Eesti_Rahvusfond, lk 77
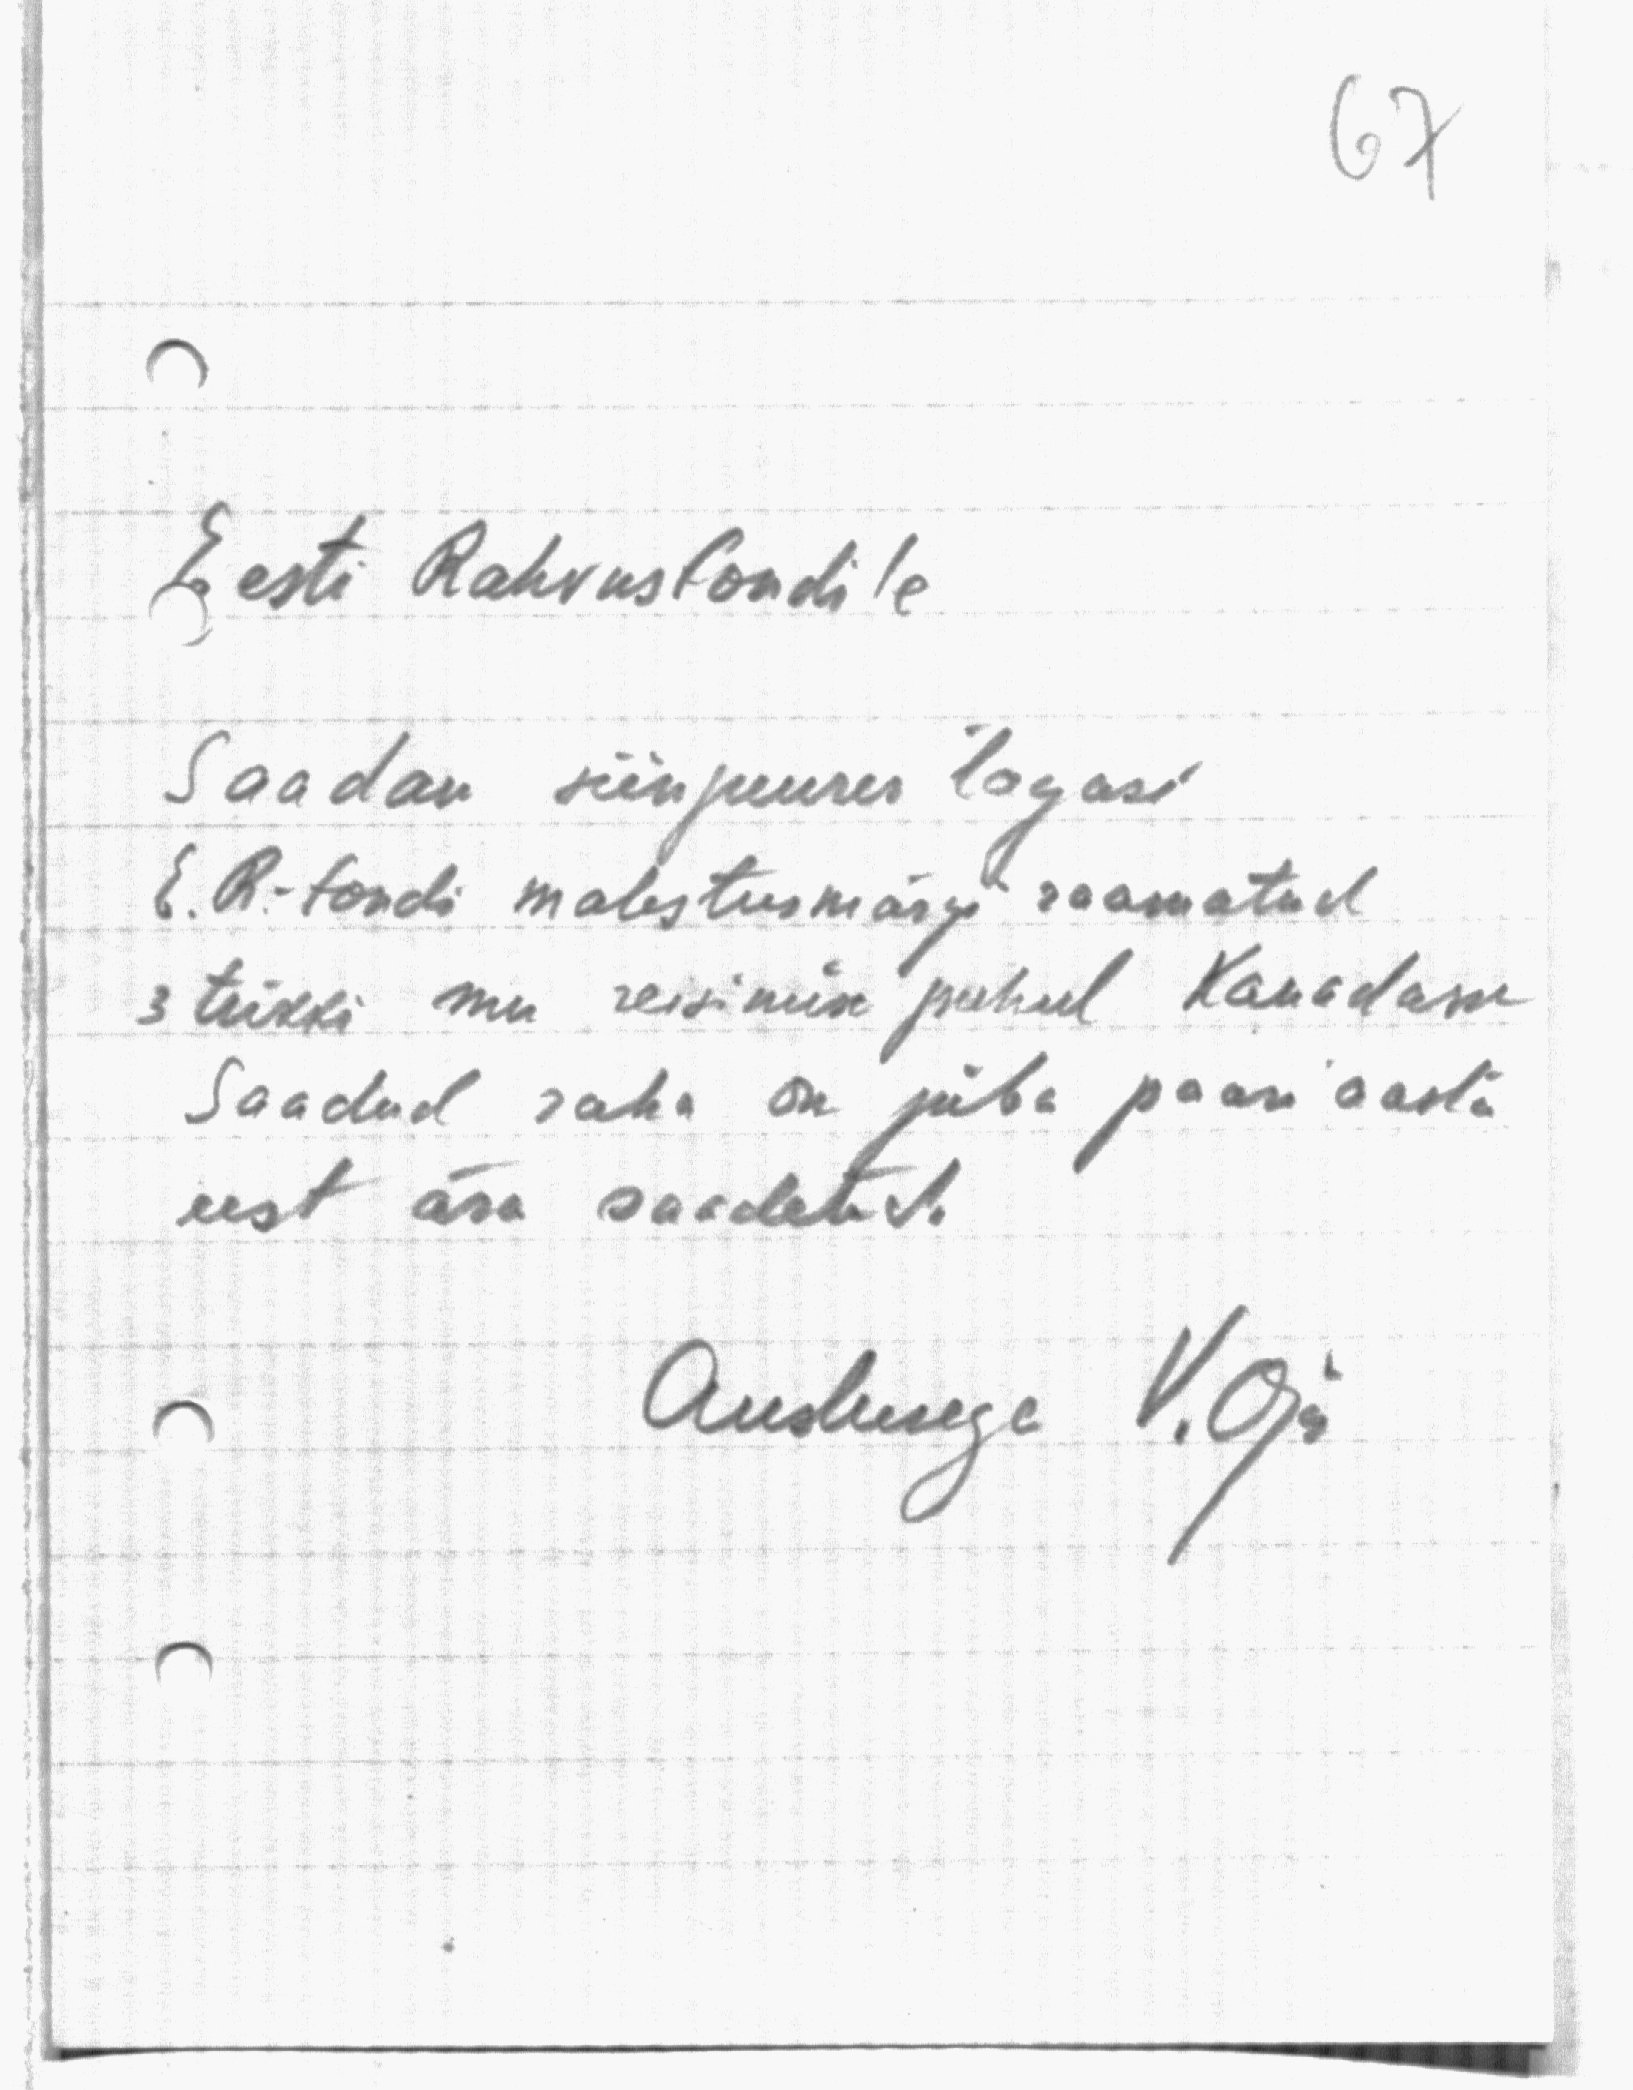
Eesti Rahvusfondile
Saadan siinjuures tagasi
E. R. fondi malestusmärgi raamatud
3 tükki mu reisimise puhul Kanadasse
Saadud raha on juba paari aasta
eest ära saadetud.
Austusega V. Oja